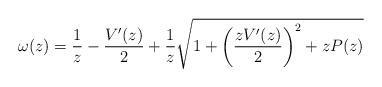
LaTeX: \begin{align*}\omega(z)=\frac{1}{z}-\frac{V'(z)}{2}+\frac{1}{z}\sqrt{ 1+\left(\frac{zV'(z)}{2}\right)^2+zP(z)}\end{align*}